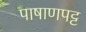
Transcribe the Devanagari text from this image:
पाषाणपट्ट